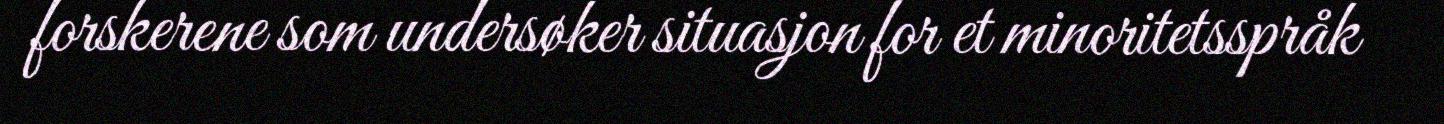
forskerene som undersøker situasjon for et minoritetsspråk